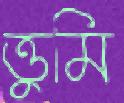
ত্তুমি